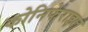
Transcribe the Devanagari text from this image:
कोनिफेराइल